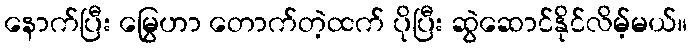
နောက်ပြီး မြွေဟာ တောက်တဲ့ထက် ပိုပြီး ဆွဲဆောင်နိုင်လိမ့်မယ်။